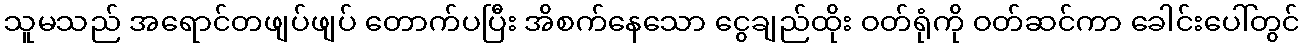
သူမသည် အရောင်တဖျပ်ဖျပ် တောက်ပပြီး အိစက်နေသော ငွေချည်ထိုး ဝတ်ရုံကို ဝတ်ဆင်ကာ ခေါင်းပေါ်တွင်